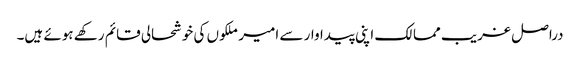
دراصل غریب ممالک اپنی پیداوار سے امیر ملکوں کی خوشحالی قائم رکھے ہوئے ہیں۔